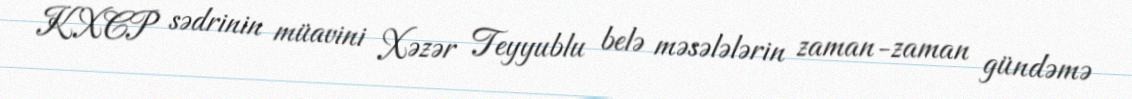
KXCP sədrinin müavini Xəzər Teyyublu belə məsələlərin zaman-zaman gündəmə